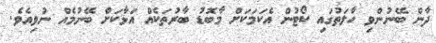
ދާން ބޭނުންވި ހާލަތުގައި ކޯޓުން އެކަމަކަށް މާބޮޑު ބާރުތަކެއް އަޅާކަށް ބޭނުމެއް ނުވިއެވެ.